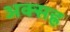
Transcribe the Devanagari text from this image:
अक्सह्र